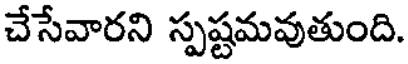
చేసేవారని స్పష్టమవుతుంది.